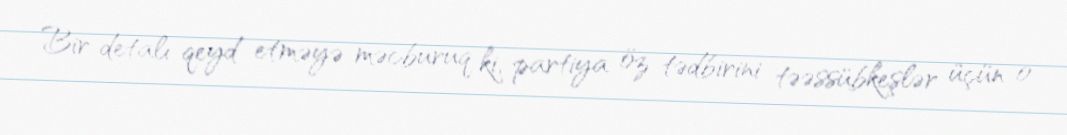
Bir detalı qeyd etməyə məcburuq ki, partiya öz tədbirini təəssübkeşlər üçün o